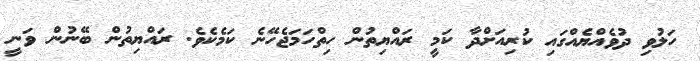
ހަލުވި ދުވެއްޔެއްގައި ކުރިއަށްދާ ކަމީ ރައްޔިތުން ހިތްހަމަޖެހޭނެ ކަމެކެވެ. ރައްޔިތުން ބޭނުން ވަނީ